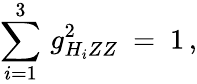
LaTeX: \sum_{i=1}^{3}\, g_{H_{i}ZZ}^{2}\ =\ 1\, ,